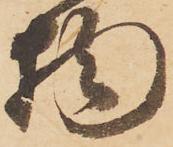
物